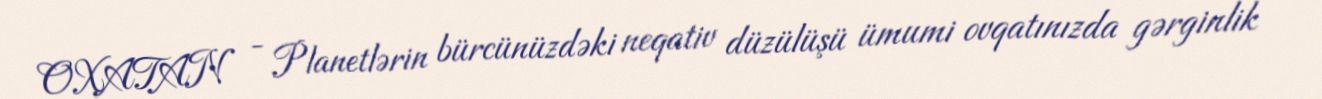
OXATAN - Planetlərin bürcünüzdəki neqativ düzülüşü ümumi ovqatınızda gərginlik